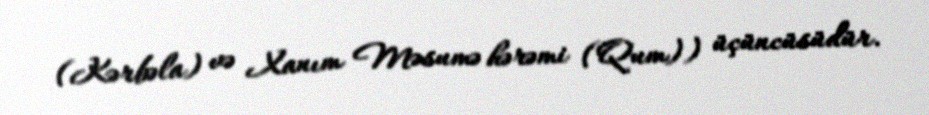
(Kərbəla) və Xanım Məsumə hərəmi (Qum)) üçüncüsüdür.